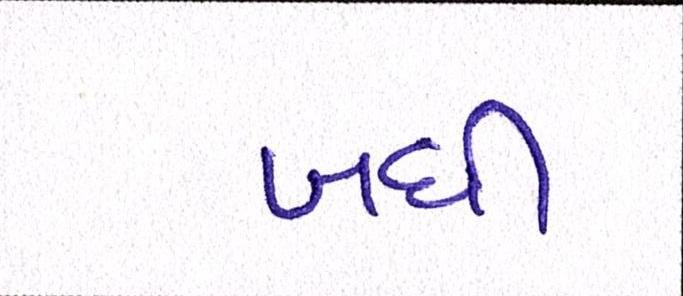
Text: બધી